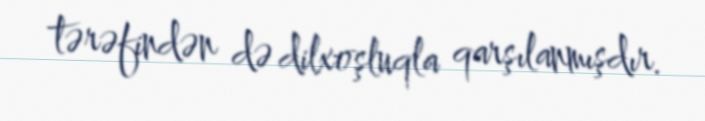
tərəfindən də dilxoşluqla qarşılanmışdır.